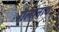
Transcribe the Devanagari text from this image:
गैलानाथ